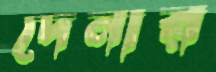
দেনার